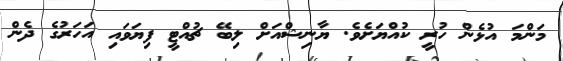
މަންމަ އުޅެން ހުރީ ކުއްޔަށެވެ. ޔާނިޝްއަށް ލިބޭ ޗުއްޓީ ފިޔަވައި އަހަރުގެ ދެން